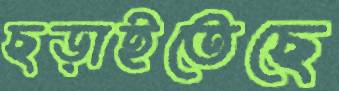
ছড়াইতেছে